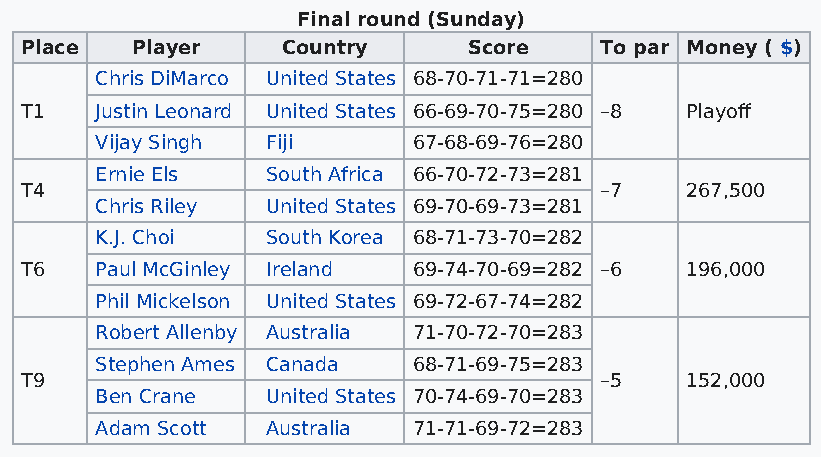
Final round (Sunday)
 Place   Player    Country     Score    To par Money ( $)
 Chris DiMarco United States 68-70-71-71=280
 T1   Justin Leonard United States 66-69-70-75=280 –8 Playoff
 Vijay Singh Fiji     67-68-69-76=280
 Ernie Els   South Africa 66-70-72-73=281
 T4                                     –7   267,500
 Chris Riley United States 69-70-69-73=281
 K.J. Choi   South Korea 68-71-73-70=282
 T6   Paul McGinley Ireland 69-74-70-69=282 –6 196,000
 Phil Mickelson United States 69-72-67-74=282
 Robert Allenby Australia 71-70-72-70=283
 Stephen Ames Canada  68-71-69-75=283
 T9                                     –5   152,000
 Ben Crane   United States 70-74-69-70=283
 Adam Scott  Australia 71-71-69-72=283